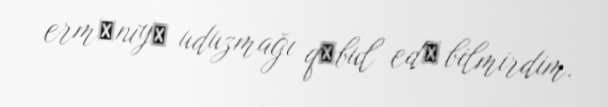
ermәniyә uduzmağı qәbul edә bilmirdim.